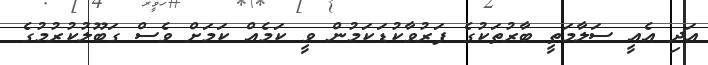
އަދި އެއީ ސަލާމަތީ ބާރުތަކުގެ ފަރުވާކުޑަކަމުން ވީ ކަމެއް ކަމަށް ވެސް ގަބޫލުކުރުމުގެ